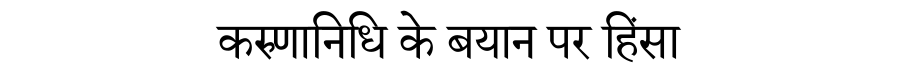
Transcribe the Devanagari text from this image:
करुणानिधि के बयान पर हिंसा